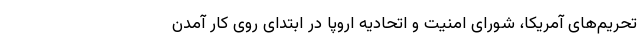
تحریم‌های آمریکا، شورای امنیت و اتحادیه اروپا در ابتدای روی کار آمدن